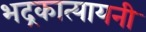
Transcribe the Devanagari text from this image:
भद्रकात्यायनी